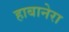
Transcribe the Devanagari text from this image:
हाबानेरा